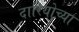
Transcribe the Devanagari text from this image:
दारियोच्या